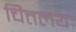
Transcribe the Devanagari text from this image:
चित्तलयः